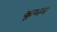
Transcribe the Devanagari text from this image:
कूभम